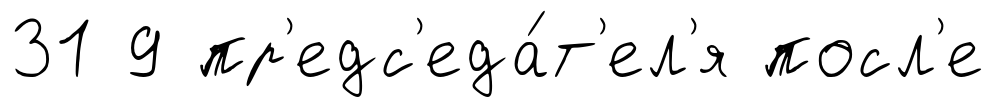
31 9 пр'едс'еда́т'ел'я посл'е